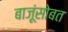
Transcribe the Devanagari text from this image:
बाजूंसोबत